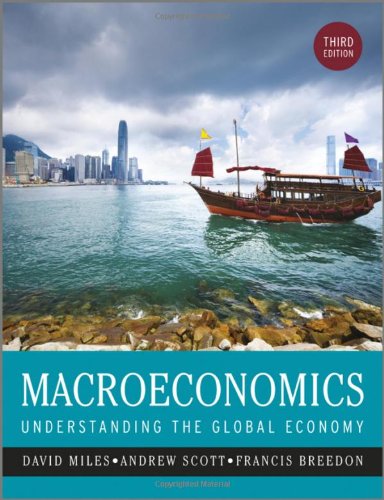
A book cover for Macroeconomics: Understanding the Global Economy; David Miles; Business & Money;